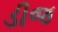
ડીજ